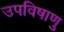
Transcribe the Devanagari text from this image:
उपविषाणु